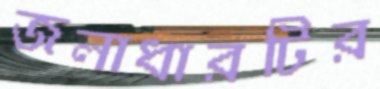
জলাধারটির